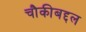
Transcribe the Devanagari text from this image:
चौकीबद्दल